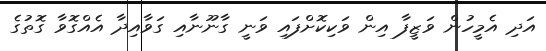
އަދި އެމީހުން ވަޒީފާ އިން ވަކިކޮށްފައި ވަނީ ގާނޫނާއި ގަވާއިދާ އެއްގޮވާ ގޮތުގެ